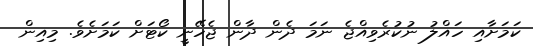
ކަމަށާއި ހައްލު ނުކުރެވިއްޖެ ނަމަ ދެން ދާން ޖެހޭނީ ކޯޓަށް ކަމަށެވެ. މިއިން